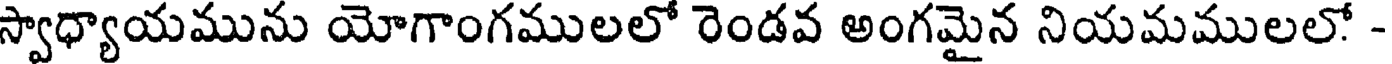
స్వాధ్యాయమును యోగాంగములలో రెండవ అంగమైన నియమములలో -